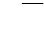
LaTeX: \phantom{V}\overline{{\phantom{V}}}